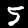
Digit: 5